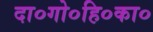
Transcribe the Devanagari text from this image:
दा०गो०हि०का०